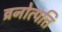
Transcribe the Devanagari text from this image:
व्रनोत्पत्ति